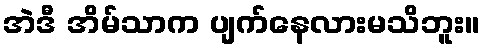
အဲဒီ အိမ်သာက ပျက်နေလားမသိဘူး။